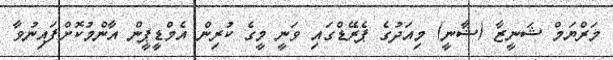
މަރްޔަމް ޝަނީޒާ (ޝާނީ) މިއަދުގެ ޕެރޭޑްގައި ވަނީ މީގެ ކުރިން އެމްޑީޕީން އާންމުކޮށްފައިނުވާ